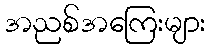
အညစ်အကြေးများ